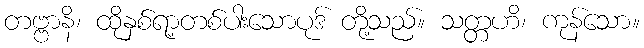
တဗ္ဗာနိ၊ ထိုနှစ်ရာ့တစ်ပါးသောပုဒ် တို့သည်။ သတ္တဟိ၊ ကုန်သော။